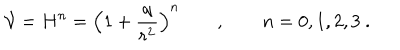
\mathcal { V } = H ^ { n } = \Big ( 1 + { \frac { q } { r ^ { 2 } } } \Big ) ^ { n } \qquad , \qquad n = 0 , 1 , 2 , 3 \ .